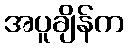
အပူချိန်က